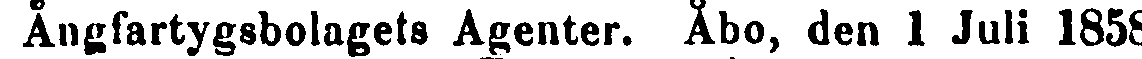
Ångfartygsbolagets Agenter. Åbo, den 1 Juli 1858.